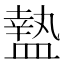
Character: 𥂕